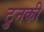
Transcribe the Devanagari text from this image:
टुनकी